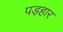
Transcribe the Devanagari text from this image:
पड़हार